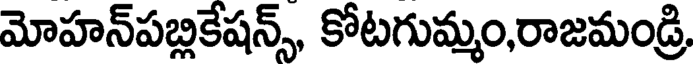
మోహన్పబ్లికేషన్స్, కోటగుమ్మం,రాజమండ్రి,